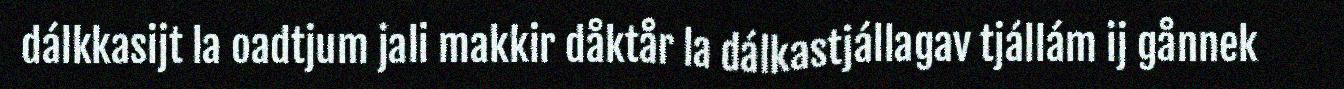
dálkkasijt la oadtjum jali makkir dåktår la dálkastjállagav tjállám ij gånnek